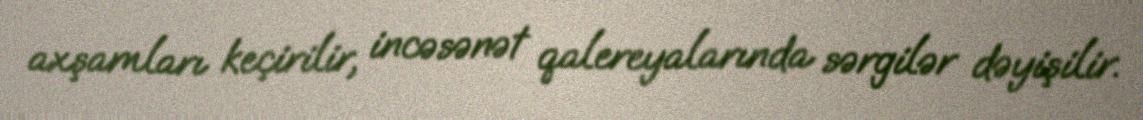
axşamları keçirilir, incəsənət qalereyalarında sərgilər dəyişilir.